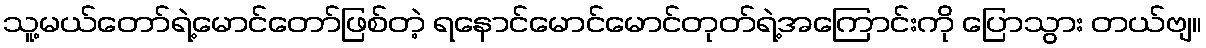
သူ့မယ်တော်ရဲ့မောင်တော်ဖြစ်တဲ့ ရနောင်မောင်မောင်တုတ်ရဲ့အကြောင်းကို ပြောသွား တယ်ဗျ။